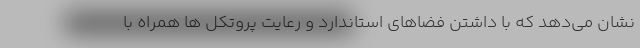
نشان می‌دهد که با داشتن فضاهای استاندارد و رعایت پروتکل ها همراه با